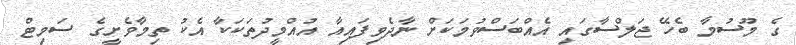
ގެ މޫސުމާ ބެހޭ ޖަލްސާގައި އެއްބަސްވުމަކަށް ނާދެވިފައިއާ އުއްމީދުތަކަކާ އެކު ތިމާވެށީގެ ސަމިޓް